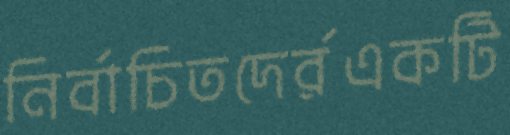
নির্বাচিতদের্রএকটি